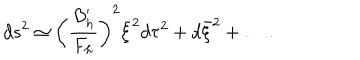
d s ^ { 2 } \simeq \left( { \frac { B _ { h } ^ { \prime } } { F _ { h } } } \right) ^ { 2 } \bar { \xi } ^ { 2 } d \tau ^ { 2 } + d \bar { \xi } ^ { 2 } + \dots .